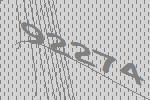
92274